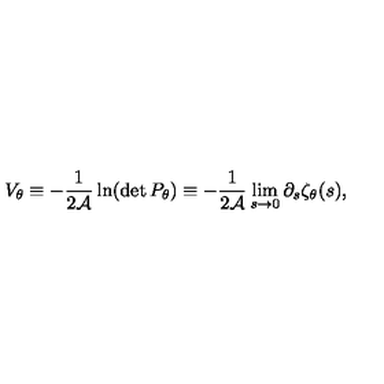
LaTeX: V _ { \theta } \equiv - { \frac { 1 } { 2 { \cal A } } } \ln ( \det P _ { \theta } ) \equiv - { \frac { 1 } { 2 { \cal A } } } \lim _ { s \to 0 } \partial _ { s } \zeta _ { \theta } ( s ) ,